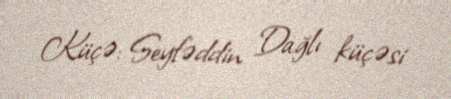
Küçə: Seyfəddin Dağlı küçəsi